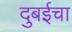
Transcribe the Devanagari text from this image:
दुबईचा